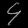
Digit: ၄